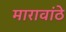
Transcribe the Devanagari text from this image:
मारावांठे